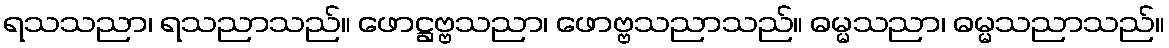
ရသသညာ၊ ရသညာသည်။ ဖောဋ္ဌဗ္ဗသညာ၊ ဖောဗ္ဗသညာသည်။ ဓမ္မသညာ၊ ဓမ္မသညာသည်။